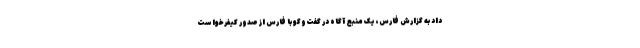
داد به گزارش فارس، یک منبع آگاه در گفت‌وگو با فارس از صدور کیفرخواست